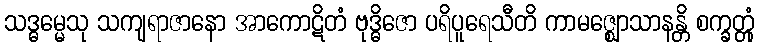
သဒ္ဓမ္မေသု သကျရာဇာနော အာကောဋိတံ ဗုဒ္ဓိဇော ပရိပူရေသီတိ ကာမဇ္ဈောသာနန္တိ စက္ခတ္တုံ